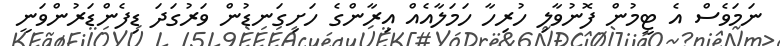
ނަމަވެސް އެ ޓީމުން ފޮނުވާލި ހުރިހާ ހަމަލާއެއް އިރާންގެ ހަށިގަނޑުން ވަރުގަދަ ޑިފެންޑަރުންވަނީ